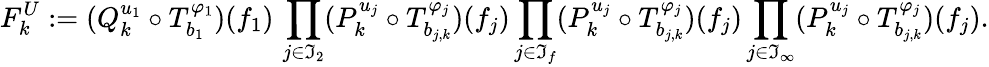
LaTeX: {F_{k}^{U}}:=(Q_{k}^{u_{1}}\circ T_{b_{1}}^{\varphi_{1}})(f_{1})\, \prod_{j\in\mathfrak{I}_{2}}(P_{k}^{u_{j}}\circ T_{b_{j,k}}^{\varphi_{j}})(f_{j})\prod_{j\in\mathfrak{I}_{f}}(P_{k}^{u_{j}}\circ T_{b_{j,k}}^{\varphi_{j}})(f_{j})\prod_{j\in\mathfrak{I}_{\infty}}(P_{k}^{u_{j}}\circ T_{b_{j,k}}^{\varphi_{j}})(f_{j}).